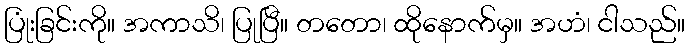
ပြုံးခြင်းကို။ အကာသိ၊ ပြုပြီ။ တတော၊ ထိုနောက်မှ။ အဟံ၊ ငါသည်။